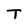
Character: T